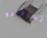
أتعرفينه